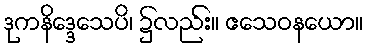
ဒုကနိဒ္ဒေသေပိ၊ ၌လည်း။ ဧသေဝနယော။